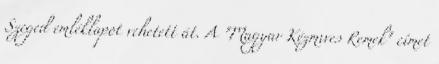
Szeged emléklapot vehetett át. A "Magyar Kézmıves Remek" címet